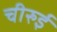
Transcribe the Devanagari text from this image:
चीरुई